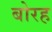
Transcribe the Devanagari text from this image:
बोरह